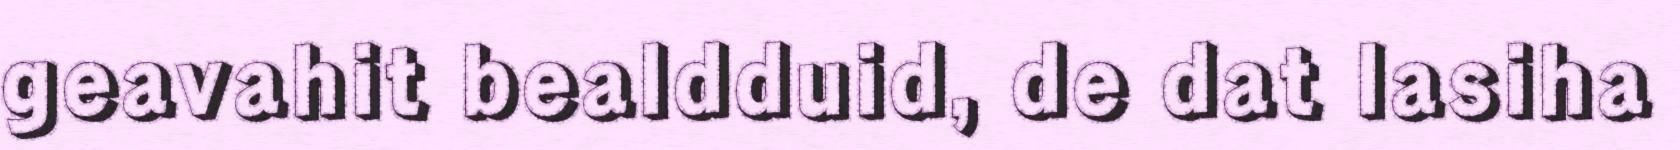
geavahit bealdduid, de dat lasiha